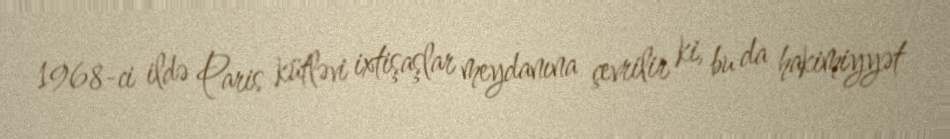
1968-ci ildə Paris kütləvi ixtişaşlar meydanına çevrilir ki, bu da hakimiyyət